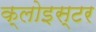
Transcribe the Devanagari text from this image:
क्लोइस्टर